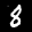
Label: 8